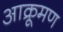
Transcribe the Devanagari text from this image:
आक्रूमण